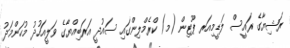
ރަޝިޔާގެ ރައީސް ލަޑީމިއަރ ޕޫޓިން (މ) ކްރެމްލިންގައި ސައުދީ އަރަބިއްޔާގެ ވަލީއަހުދު މުހަންމަދު